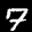
Label: 7